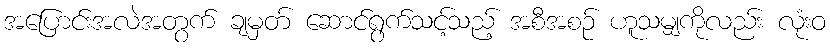
အပြောင်းအလဲအတွက် ချမှတ် ဆောင်ရွက်သင့်သည့် အစီအစဉ် ဟူသမျှကိုလည်း လုံးဝ